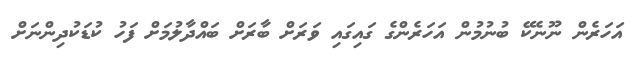
އަހަރެން ނޫނެކޭ ބުނުމުން އަހަރެންގެ ގައިގައި ވަރަށް ބާރަށް ބައްދާލުމަށް ފަހު ކުޑަކުދިންނަށް